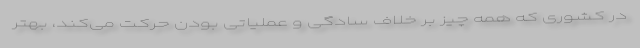
در کشوری که همه چیز بر خلاف سادگی و عملیاتی بودن حرکت می‌کند، بهتر